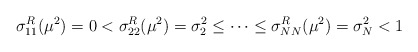
\begin{align*}\sigma_{11}^R(\mu^2)=0<\sigma_{22}^R(\mu^2)=\sigma_2^2\leq \dots\leq \sigma_{NN}^R(\mu^2)=\sigma_N^2<1\end{align*}